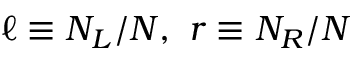
\ell \equiv N _ { L } / N , ~ r \equiv N _ { R } / N